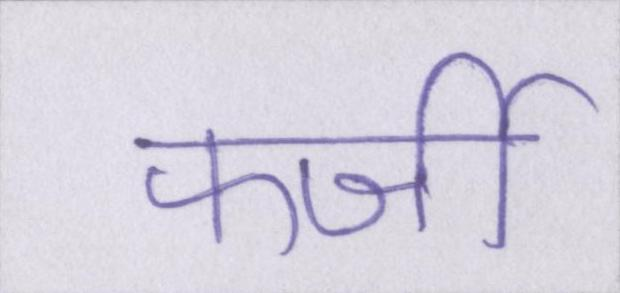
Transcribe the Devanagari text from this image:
फर्जी